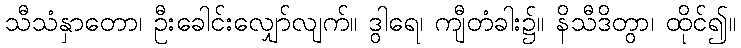
သီသံနှာတော၊ ဦးခေါင်းလျှော်လျက်။ ဒွါရေ၊ ကျီတံခါး၌။ နိသီဒိတွာ၊ ထိုင်၍။